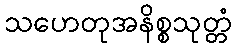
သဟေတုအနိစ္စသုတ္တံ